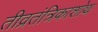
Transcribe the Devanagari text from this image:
तीव्रतंत्रिकाशोथ